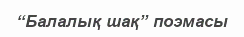
“Балалық шақ” поэмасы